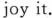
joy it.